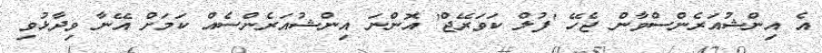
އެ އިންޝުއަރެންސްވާން ޖެހޭ 'ފުލް ކަވަރޭޖް' އޮންނަ އިންޝުއަރެންސެއް ކަމަށް އޭނާ ވިދާޅުވި